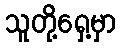
သူတို့ရှေ့မှာ